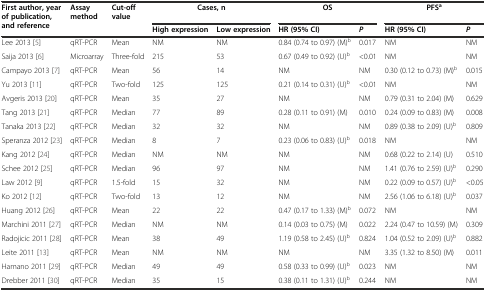
<table><thead><tr><td rowspan="2"><b>First author, year of publication, andreference</b></td><td><b>Assay method</b></td><td><b>Cut-off value</b></td><td colspan="2"><b>Cases, n</b></td><td colspan="2"><b>OS</b></td><td colspan="2"><b>PFS<sup>a</sup></b></td></tr><tr><td></td><td></td><td><b>High expression</b></td><td><b>Low expression</b></td><td><b>HR (95% CI)</b></td><td><b><i>P</i></b></td><td><b>HR (95% CI)</b></td><td><b><i>P</i></b></td></tr></thead><tbody><tr><td>Lee 2013 [5]</td><td>qRT-PCR</td><td>Mean</td><td>NM</td><td>NM</td><td>0.84 (0.74 to 0.97) (M)<sup>b</sup></td><td>0.017</td><td>NM</td><td>NM</td></tr><tr><td>Saija 2013 [6]</td><td>Microarray</td><td>Three-fold</td><td>215</td><td>53</td><td>0.67 (0.49 to 0.92) (U)<sup>b</sup></td><td>&lt;0.01</td><td>NM</td><td>NM</td></tr><tr><td>Campayo 2013 [7]</td><td>qRT-PCR</td><td>Mean</td><td>56</td><td>14</td><td>NM</td><td>NM</td><td>0.30 (0.12 to 0.73) (M)<sup>b</sup></td><td>0.015</td></tr><tr><td>Yu 2013 [11]</td><td>qRT-PCR</td><td>Two-fold</td><td>125</td><td>125</td><td>0.21 (0.14 to 0.31) (U)<sup>b</sup></td><td>&lt;0.01</td><td>NM</td><td>NM</td></tr><tr><td>Avgeris 2013 [20]</td><td>qRT-PCR</td><td>Mean</td><td>35</td><td>27</td><td>NM</td><td>NM</td><td>0.79 (0.31 to 2.04) (M)</td><td>0.629</td></tr><tr><td>Tang 2013 [21]</td><td>qRT-PCR</td><td>Median</td><td>77</td><td>89</td><td>0.28 (0.11 to 0.91) (M)</td><td>0.010</td><td>0.24 (0.09 to 0.83) (M)</td><td>0.008</td></tr><tr><td>Tanaka 2013 [22]</td><td>qRT-PCR</td><td>Median</td><td>32</td><td>32</td><td>NM</td><td>NM</td><td>0.89 (0.38 to 2.09) (U)<sup>b</sup></td><td>0.809</td></tr><tr><td>Speranza 2012 [23]</td><td>qRT-PCR</td><td>Median</td><td>8</td><td>7</td><td>0.23 (0.06 to 0.83) (U)<sup>b</sup></td><td>0.018</td><td>NM</td><td>NM</td></tr><tr><td>Kang 2012 [24]</td><td>qRT-PCR</td><td>Median</td><td>NM</td><td>NM</td><td>NM</td><td>NM</td><td>0.68 (0.22 to 2.14) (U)</td><td>0.510</td></tr><tr><td>Schee 2012 [25]</td><td>qRT-PCR</td><td>Median</td><td>96</td><td>97</td><td>NM</td><td>NM</td><td>1.41 (0.76 to 2.59) (U)<sup>b</sup></td><td>0.290</td></tr><tr><td>Law 2012 [9]</td><td>qRT-PCR</td><td>1.5-fold</td><td>15</td><td>32</td><td>NM</td><td>NM</td><td>0.22 (0.09 to 0.57) (U)<sup>b</sup></td><td>&lt;0.05</td></tr><tr><td>Ko 2012 [12]</td><td>qRT-PCR</td><td>Two-fold</td><td>13</td><td>12</td><td>NM</td><td>NM</td><td>2.56 (1.06 to 6.18) (U)<sup>b</sup></td><td>0.037</td></tr><tr><td>Huang 2012 [26]</td><td>qRT-PCR</td><td>Mean</td><td>22</td><td>22</td><td>0.47 (0.17 to 1.33) (M)<sup>b</sup></td><td>0.072</td><td>NM</td><td>NM</td></tr><tr><td>Marchini 2011 [27]</td><td>qRT-PCR</td><td>Median</td><td>NM</td><td>NM</td><td>0.14 (0.03 to 0.75) (M)</td><td>0.022</td><td>2.24 (0.47 to 10.59) (M)</td><td>0.309</td></tr><tr><td>Radojicic 2011 [28]</td><td>qRT-PCR</td><td>Mean</td><td>38</td><td>49</td><td>1.19 (0.58 to 2.45) (U)<sup>b</sup></td><td>0.824</td><td>1.04 (0.52 to 2.09) (U)<sup>b</sup></td><td>0.882</td></tr><tr><td>Leite 2011 [13]</td><td>qRT-PCR</td><td>Mean</td><td>NM</td><td>NM</td><td>NM</td><td>NM</td><td>3.35 (1.32 to 8.50) (M)</td><td>0.011</td></tr><tr><td>Hamano 2011 [29]</td><td>qRT-PCR</td><td>Median</td><td>49</td><td>49</td><td>0.58 (0.33 to 0.99) (U)<sup>b</sup></td><td>0.023</td><td>NM</td><td>NM</td></tr><tr><td>Drebber 2011 [30]</td><td>qRT-PCR</td><td>Median</td><td>35</td><td>15</td><td>0.38 (0.11 to 1.31) (U)<sup>b</sup></td><td>0.244</td><td>NM</td><td>NM</td></tr></tbody></table>